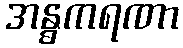
အန္ဓကရဏာ